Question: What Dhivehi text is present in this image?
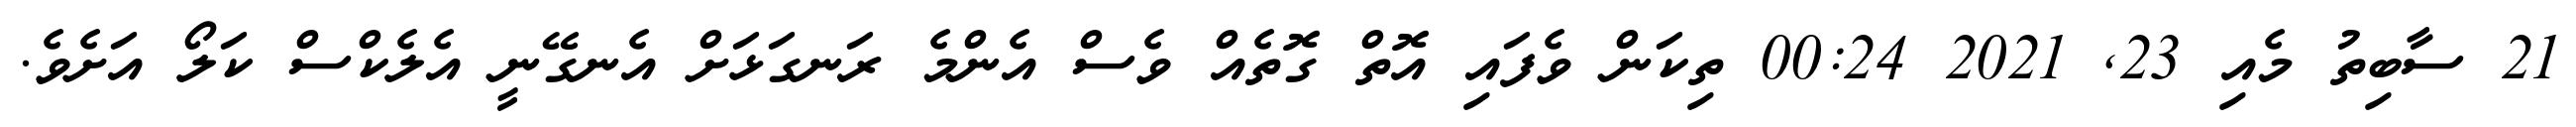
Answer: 21 ސާބިތު މެއި 23, 2021 00:24 ތިކަން ވެފައި އޮތް ގޮތެއް ވެސް އެންމެ ރަނގަޅަށް އެނގޭނީ އެލެކްސް ކަލޯ އަށެވެ.